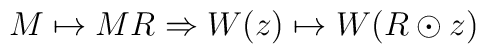
M\mapsto MR \Rightarrow W(z)\mapsto W(R\odot z)